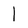
Character: l